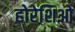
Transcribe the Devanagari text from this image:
होरेशिओ